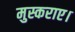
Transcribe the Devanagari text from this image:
मुस्कराए।